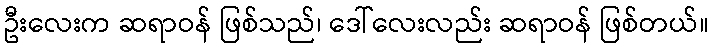
ဦးလေးက ဆရာဝန် ဖြစ်သည်၊ ဒေါ်လေးလည်း ဆရာဝန် ဖြစ်တယ်။